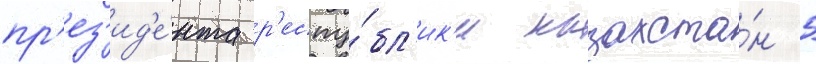
пр'ез'ид'е́нта р'еспу́бл'ик'и казахста́н 5